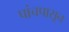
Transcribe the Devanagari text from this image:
पांचपासून